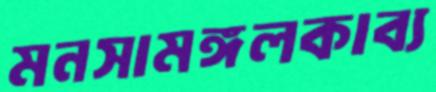
মনসামঙ্গলকাব্য